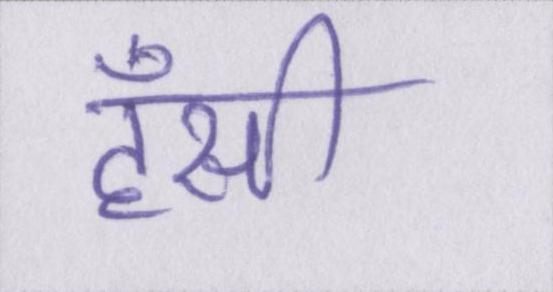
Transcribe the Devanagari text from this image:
हँसी